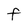
Character: F